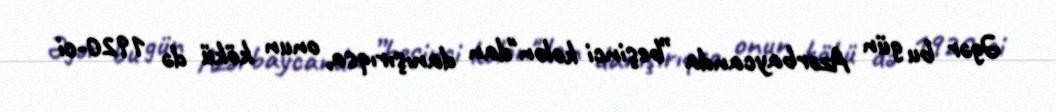
Əgər bu gün Azərbaycanda ”beşinci kolon"dan danışırıqsa, onun kökü də 1920-ci